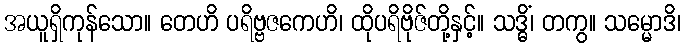
အယူရှိကုန်သော။ တေဟိ ပရိဗ္ဗဇကေဟိ၊ ထိုပရိဗိုဇ်တို့နှင့်။ သဒ္ဓိံ၊ တကွ။ သမ္မောဒိ၊